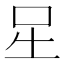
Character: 𭇆